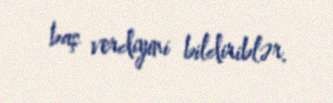
baş verdiyini bildiriblər.